Vaccination in Bombay 1869-1873 - 1869-1873
Year: 1869
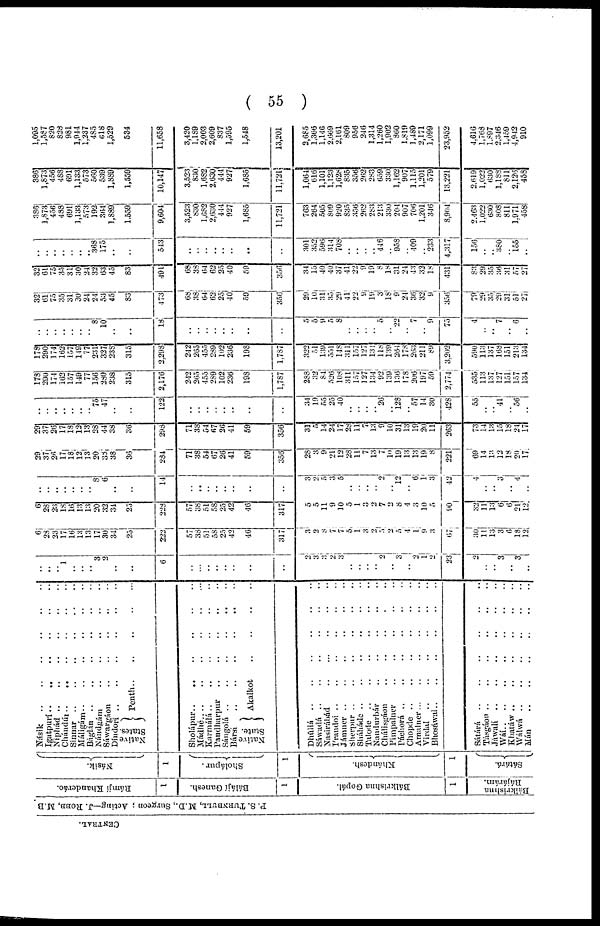
( 55 )
CENTRAL.
P. S. TURNBULL, M.D., Surgeon ; Acting—J. ROBB, M.B.
Rámjí Khanderáo.
1
Bálájí Ganesh.
1
Bálkrishna Gopál.
1
Bálkrishna
Rájárám.
Násik.
1
Sholápur.
1
Khándesh.
1
Sátárá.
Násik
..
..
..
..
..
Igatpurí .. .. .. .. ..
Niphád .. .. .. .. ..
Chándúr .. .. .. ..
Sinnar .. .. .. .. .. ..
Máligám .. .. .. .. ..
Báglán
..
..
..
..
..
Nándgám
..
..
..
..
..
..
Sáwargáon .. .. ..
Díndorí .. .. .. ..
Native
States.
Penth
..
..
..
..
Sholápur
..
..
..
..
..
Mádhé
..
..
..
..
..
Karmálá
..
..
..
..
..
Pandharpur
..
..
..
..
Sángolá
..
..
..
..
..
Bársí
..
..
..
..
..
Native
State.
Akalkot .. .. .. .. ..
Dhúliá .. .. .. .. .. ..
Sáwadá
..
..
..
..
..
..
Nasirábád
..
..
..
..
..
..
Írandoi
..
..
..
..
..
Jámner .. .. .. .. ..
Sherpur
..
..
..
..
..
Sháháde
..
..
..
..
..
Talode .. .. .. .. ..
Nandurbár .. .. .. .. ..
Chálisgáon
..
..
..
..
..
Pimpalner
..
..
..
..
Páchorá
..
..
..
..
..
Chopde
..
..
..
..
..
..
Amalner
..
..
..
..
..
Virdal
..
..
..
..
..
Bhosáwal
..
..
..
..
..
Sátárá
..
..
..
..
..
Tásgáon
..
..
..
..
..
Jáwalí
..
..
..
..
..
Wáí
..
..
..
..
Khatáw .. .. .. .. ..
Wálwá .. .. .. ..
Mán .. .. .. .. .. ..
..
..
.. 1
..
..
.. 3
2
..
..
6
..
...
..
..
..
..
..
..
2
3
3
2
3
..
..
..
.. 2
.. 3
.. 2
1
2
23
2
.. .. 3
.. 3
..
6
28
23
17
16
13
13
17
30
31
25
222
57
38
51
58
25
42
46
317
3
2
8
7
7
5
1
3
2
5 2
5
4
1
9
3
67
30
11
13
3
6
18
12
6
28
23
18
16
13
13
20
32
31
25
228
57
38
51
58
25
42
46
317
5
5
11
9
10
5
1
3
2
7
2
8
4
3
10
5
90
32
11
13
6
6
21
12
..
..
..
..
..
..
.. 8
6
..
..
11
..
..
..
..
..
..
..
..
3
2
5
3 5
..
..
..
.. 2
.. 12
.. 6
1
3
42
4
..
.. 3
.. 4
..
29
37
26
11
18
12
13
20
38
38
36
284
71
38
54
67
26
41
59
356
28
3
9
21
12
28
11
7
13
7
10
19
13
13
19
8
221
69
14
13
12
18
20
17
29
37
26
17
18
12
13
28
44
33
36
298
71
38
54
67
26
41
59
356
31
5
14
24
17
28
11
7
13
9
10
31
13
19
20
11
263
73
14
13
15
18
24
17
..
..
..
..
..
..
.. 75
47
..
..
122
..
..
..
..
..
..
..
..
34
19
55
25
40
..
..
..
.. 26
.. 128
.. 57
14
30
428
55
.. .. 41
.. 56
..
178
290
174
162
157
149
77
156
280
238
315
2,176
242
265
455
289
102
236
198
1,787
288
32
84
526
108
311
157
127
134
92
139
136
178
206
197
59
2,774
535
113
137
127
151
157
134
178
290
174
162
157
149
77
231
327
238
315
2,298
242
265
455
289
102
236
198
1,787
322
51
139
551
148
311
157
127
131
118
139
264
178
203
211
89
3,202
590
113
137
168
151
213
134
..
..
..
..
..
..
.. 8
10
..
..
18
..
..
..
..
..
..
..
..
5
5
9 5
8
..
..
..
.. 5
.. 22
..
..
.. 9
75
4
..
.. 7
.. 6
..
32
61
75
35
31
30
24
24
53
45
83
473
68
38
64
62
25
40
59
356
29
10
31
35
29
41
22
9
19
3
18
9
24
36
32
9
356
79
29
35
29
31
51
27
32
61
75
35
31
30
24
32
63
45
83
491
68
38
64
62
25
40
59
356
34
15
40
40
37
41
22
9
19
8
18
31
24
43
32
18
431
83
29
35
36
31
57
27
..
..
..
..
..
..
.. 368
175
..
..
543
..
..
..
..
..
..
..
..
301
352
596
314
708
..
..
..
.. 446
.. 958
.. 409
.. 233
4,317
156
..
.. 380
..
155
..
386
1,873
456
488
691
1,133
573
192
364
1,889
1,559
9,604
3,523
830
1,682
2,630
444
927
1,685
11,721
763
264
505
809
920
835
356
262
283
213
330
204
907
706
1,201
346
8,904
2,463
1,022
630
808
811
1,971
458
386
1,873
456
488
691
1,133
573
560
539
1,889
1,559
10,147
3,523
830
1,682
2,630
444
921
1,685
11,721
1,064
616
1,101
1,123
1,628
835
356
262
283
659
330
1,162
907
1,115
1,201
579
13,221
2,619
1,022
630
1,188
811
2,126
453
1,095
1,587
820
828
981
1,944
1,237
485
618
1,529
534
11,658
3,420
1,189
2,003
2,609
837
1,595
1,548
13,201
2,685
1,366
1,146
2,669
2,161
809
956
246
1,314
1,260
1,902
860
1,819
1,489
2,171
1,099
23,952
4,616
1,768
1,897
2,346
1,459
4,912
910